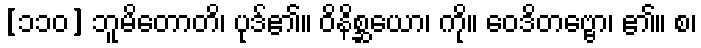
[၁၁၀] ဘူမိတောတိ၊ ပုဒ်၏။ ဝိနိစ္ဆယော၊ ကို။ ဝေဒိတဗ္ဗော၊ ၏။ စ၊